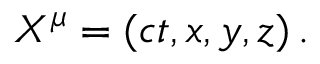
X ^ { \mu } = ( c t , x , y , z ) \, .